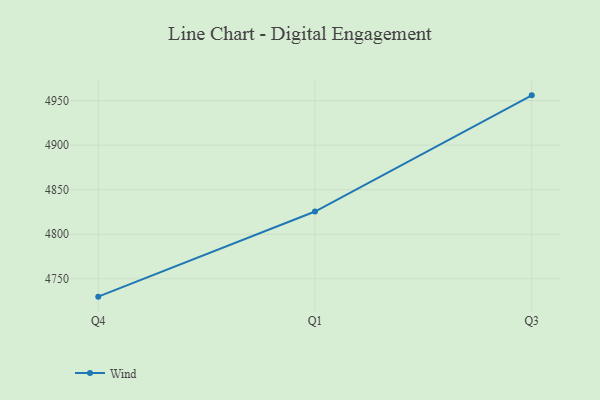
{"axis": {"x": "Quarter", "y": "Latency (ms)"}, "legend": ["Wind"], "data": [{"x": "Q4", "y": 4730.0, "type": "Wind"}, {"x": "Q1", "y": 4825.5, "type": "Wind"}, {"x": "Q3", "y": 4955.9, "type": "Wind"}]}